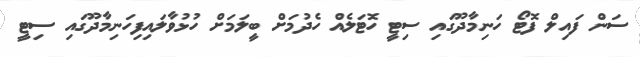
ސަން ފައިލް ފޮޓޯ ހަނިމާދޫގައި ސިޓީ ހޮޓަލެއް ހެދުމަށް ބީލަމަށް ހުޅުވާލައިފިހަނިމާދޫގައި ސިޓީ